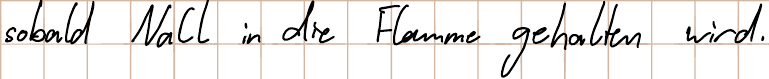
sobald NaCl in die Flamme gehalten wird.